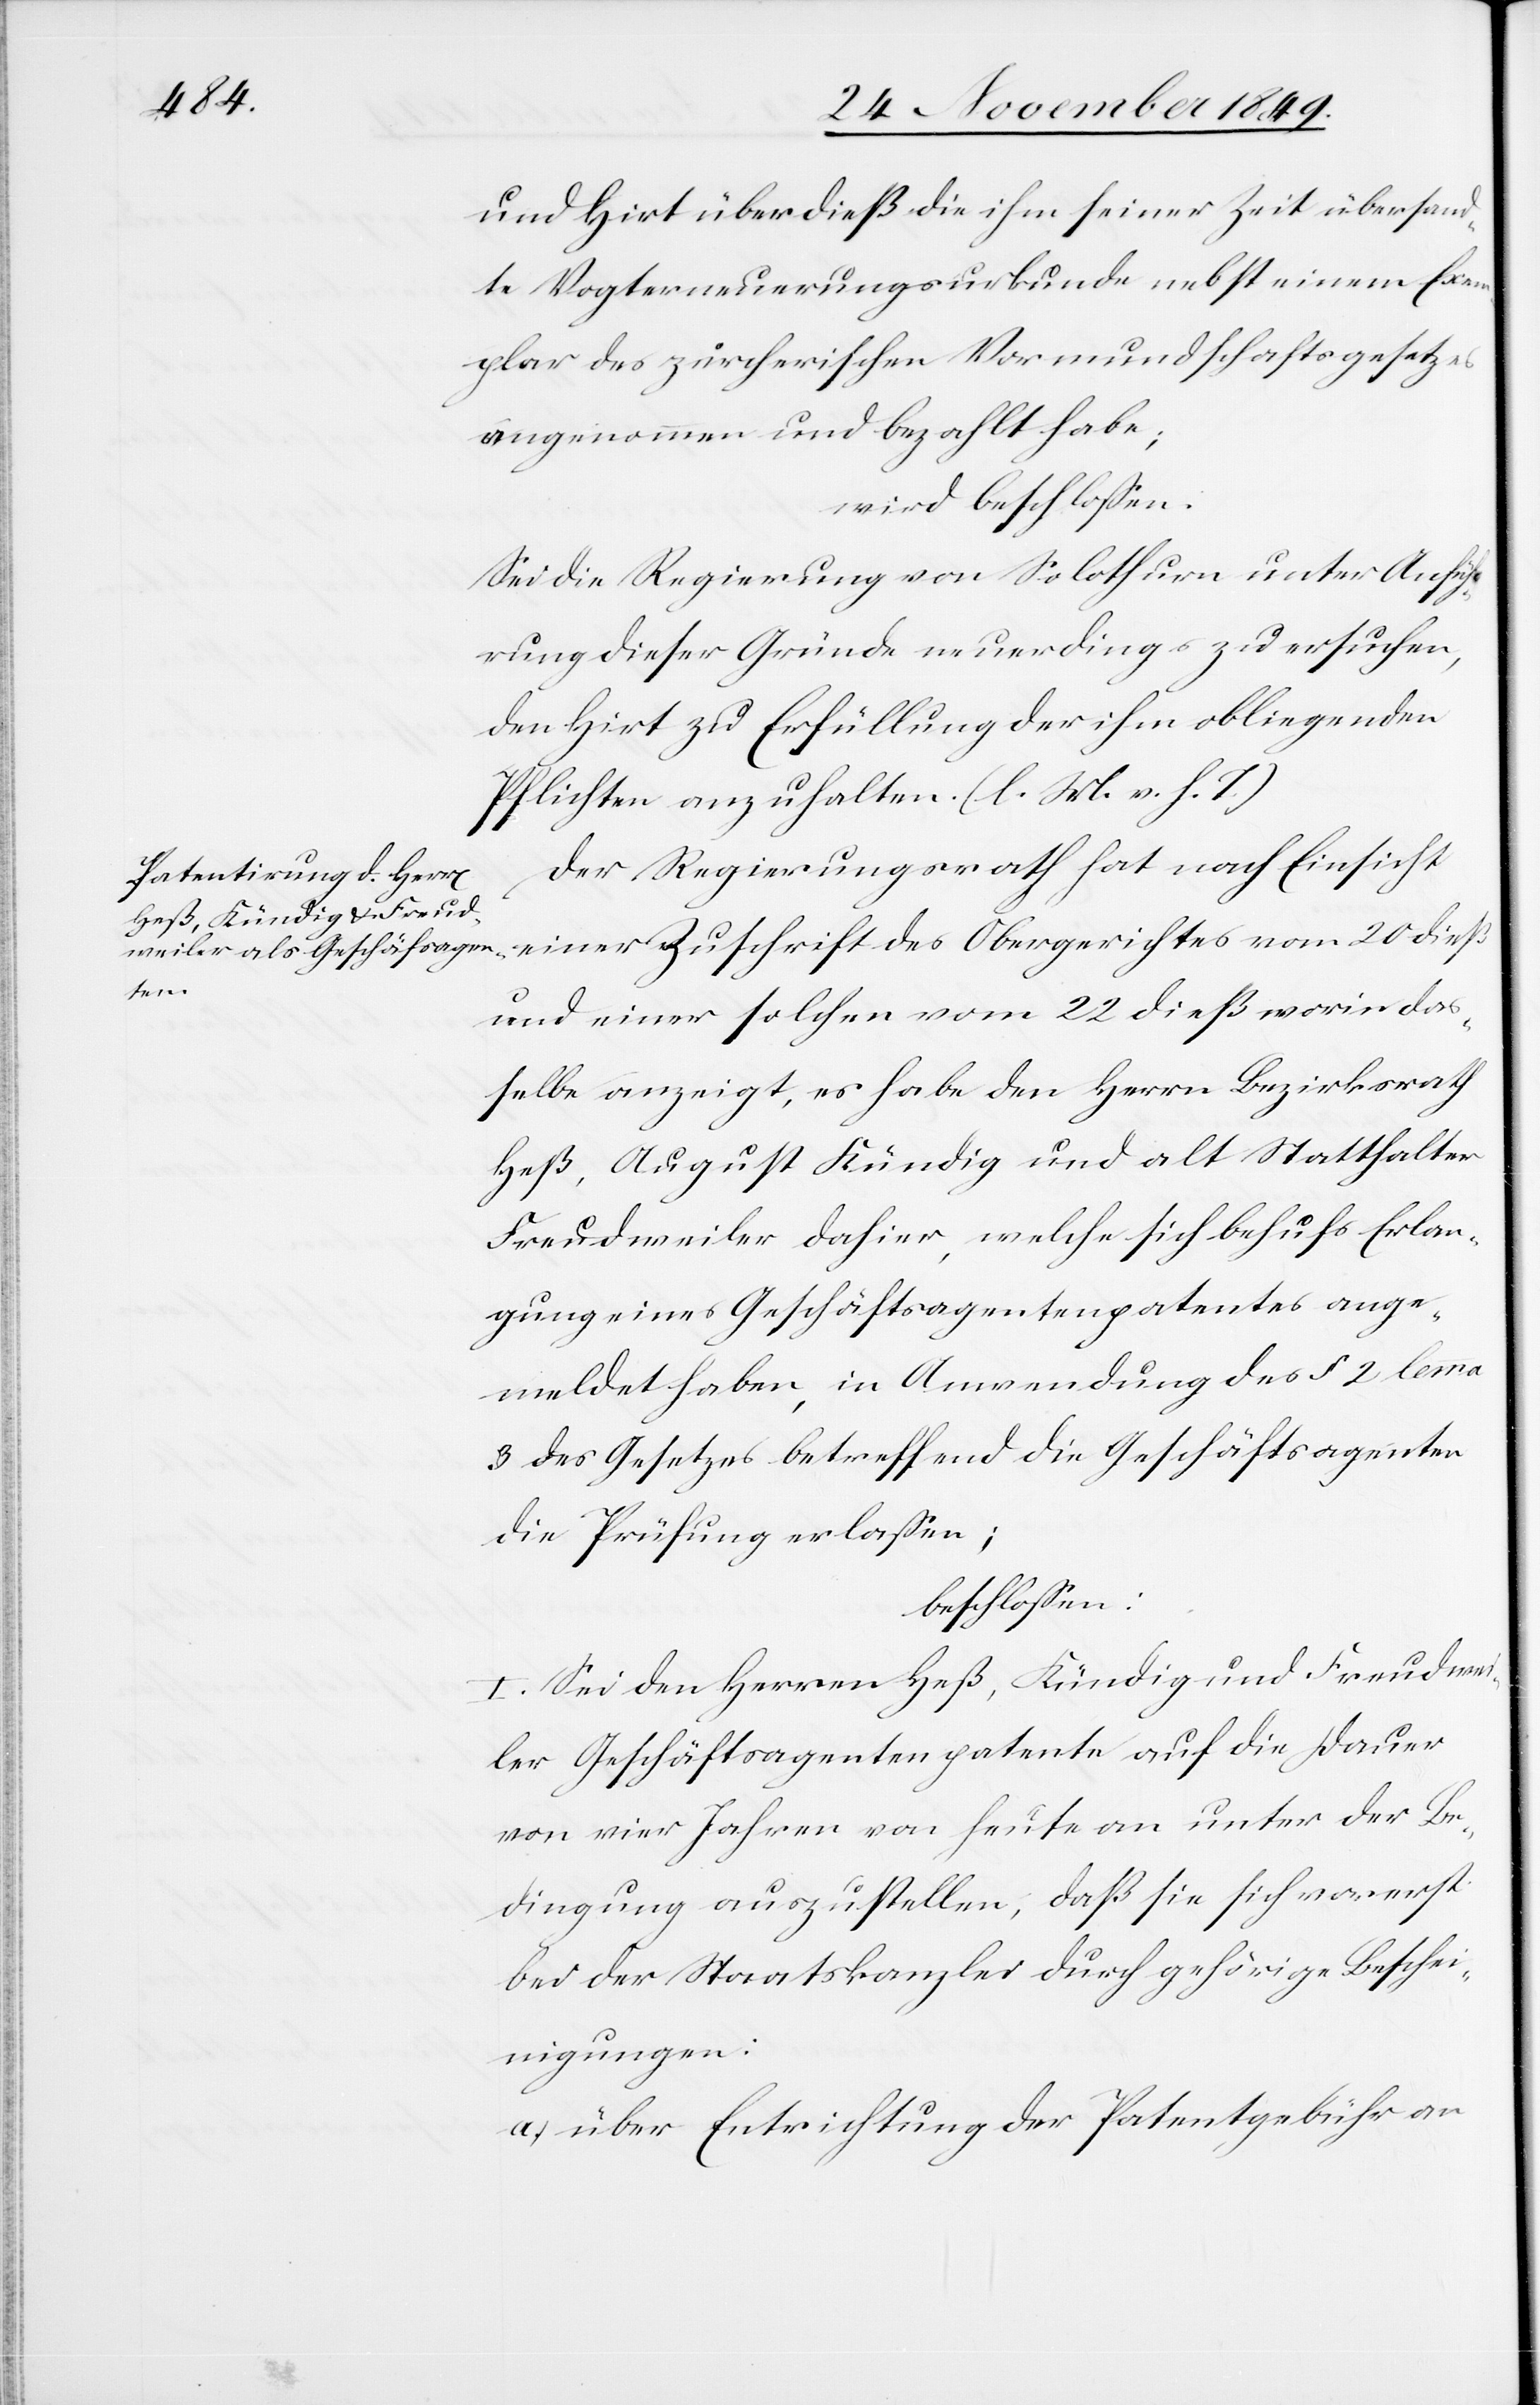
und Hirt überdieß die ihm seiner Zeit übersand¬
te Vogterneuerungsurkunde nebst einem Exem¬
plar des zürcherischen Vormundschaftsgesetzes
angenommen und bezahlt habe;
wird beschloßen:
Sei die Regierung von Solothurn unter Anfüh¬
rung dieser Gründe neuerdings zu ersuchen,
den Hirt zu Erfüllung der ihm obliegenden
Pflichten anzuhalten. [l. M. v. h. T]
Der Regierungsrath hat nach Einsicht
einer
und einer solchen vom 22 dieß worin das¬
selbe anzeigt, es habe den Herrn Bezirksrath
Heß, August Kündig und alt Statthalter
Freudweiler dahier, welche sich behufs Erlan¬
gung eines Geschäftsagentenpatentes ange¬
meldet haben, in Anwendung des § 2 lemma
3 des Gesetzes betreffend die Geschäftsagenten
die Prüfung zu erlaßen;
beschloßen:
I. Sei den Herrn Heß, Kündig und Freudwei¬
ler Geschäftsagentenpatente auf die Dauer
von vier Jahren von heute an unter der Be¬
dingung auszustellen, daß sie sich vorerst
bei der Staatskanzlei durch gehörige Beschei¬
nigungen:
a) über Entrichtung der Patentgebühr an